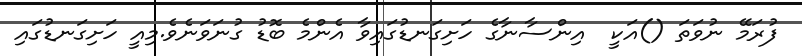
ފުރަމޭ ނުވަތަ ()އަކީ  އިންސާނާގެ ހަށިގަނޑުގައިވާ އެންމެ ބޮޑު ގުނަވަނެވެ.މިއީ ހަށިގަނޑުގައި